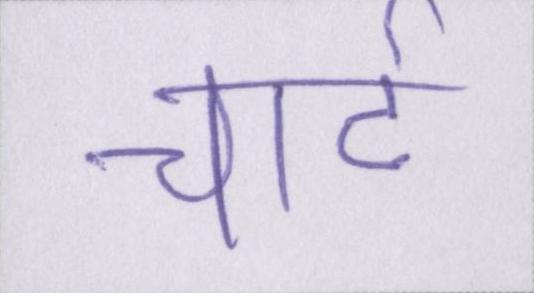
चार्ट